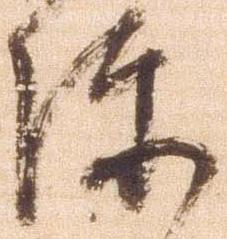
陣